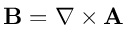
{ \bf B } = \nabla \times { \bf A }